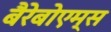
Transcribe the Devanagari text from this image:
बैरेबोएम्स